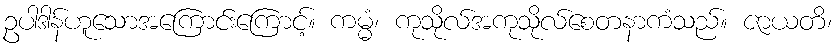
ဥပါဒါန်ဟူသောအကြောင်းကြောင့်။ ကမ္မံ၊ ကုသိုလ်အကုသိုလ်စေတနာကံသည်။ ဇာယတိ၊